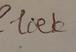
Signature authenticity: forged